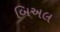
બિઅલ